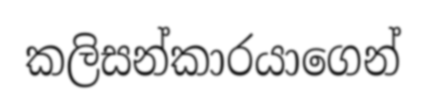
කලිසන්කාරයාගෙන්